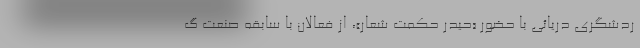
ردشگری دریائی با حضور «حیدر حکمت شعار»، از فعالان با سابقه صنعت گ